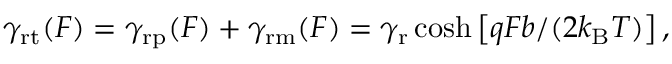
\begin{array} { r } { \gamma _ { \mathrm { r t } } ( F ) = \gamma _ { \mathrm { r p } } ( F ) + \gamma _ { \mathrm { r m } } ( F ) = \gamma _ { \mathrm { r } } \cosh \left[ q F b / ( 2 k _ { \mathrm { B } } T ) \right] , } \end{array}